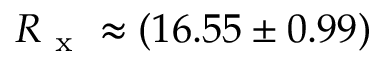
R _ { \mathrm { ~ x ~ } } \approx ( 1 6 . 5 5 \pm 0 . 9 9 )